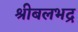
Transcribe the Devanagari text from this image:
श्रीबलभद्र